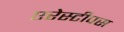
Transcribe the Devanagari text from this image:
एरेस्टीपस